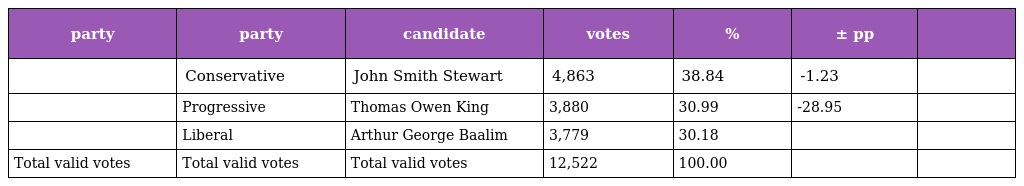
| party | party | candidate | votes | % | ± pp |  |
 | --- | --- | --- | --- | --- | --- | --- |
 |  | Conservative | John Smith Stewart | 4,863 | 38.84 | -1.23 |  |
 |  | Progressive | Thomas Owen King | 3,880 | 30.99 | -28.95 |  |
 |  | Liberal | Arthur George Baalim | 3,779 | 30.18 |  |  |
 | Total valid votes | Total valid votes | Total valid votes | 12,522 | 100.00 |  |  |